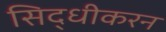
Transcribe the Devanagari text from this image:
सिद्धीकरन